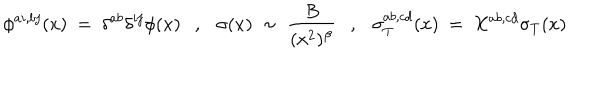
LaTeX: \phi ^ { a i , b j } ( x ) ~ = ~ \delta ^ { a b } \delta ^ { i j } \phi ( x ) , \sigma ( x ) ~ \sim ~ \frac { B } { ( x ^ { 2 } ) ^ { \beta } } , \sigma _ { T } ^ { a b , c d } ( x ) ~ = ~ X ^ { a b , c d } \sigma _ { T } ( x )